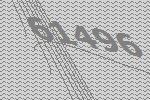
61496